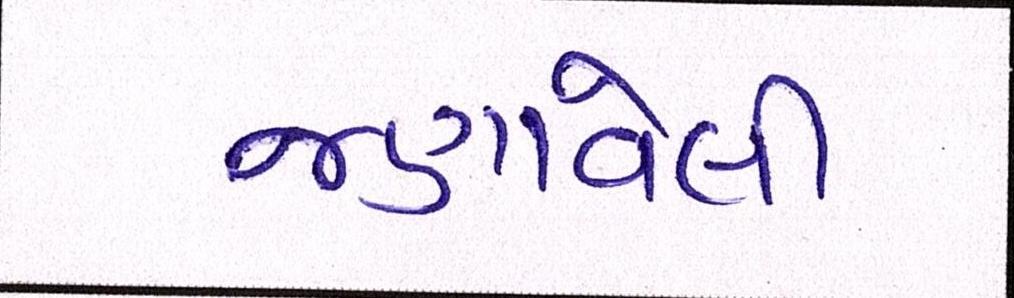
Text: જણાવેલી